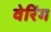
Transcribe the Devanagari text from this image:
वेरिंग